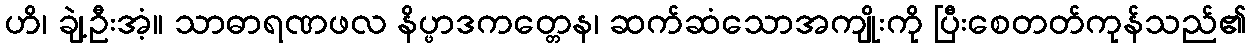
ဟိ၊ ချဲ့ဦးအံ့။ သာဓာရဏဖလ နိပ္ဖာဒကတ္တေန၊ ဆက်ဆံသောအကျိုးကို ပြီးစေတတ်ကုန်သည်၏